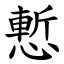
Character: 慙